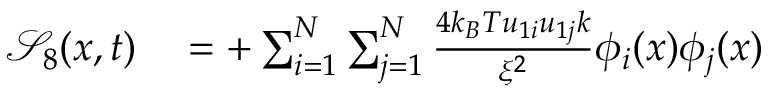
\begin{array} { r l } { \mathcal { S } _ { 8 } ( x , t ) } & { { } = + \sum _ { i = 1 } ^ { N } \sum _ { j = 1 } ^ { N } \frac { 4 k _ { B } T u _ { 1 i } u _ { 1 j } k } { \xi ^ { 2 } } \phi _ { i } ( x ) \phi _ { j } ( x ) } \end{array}